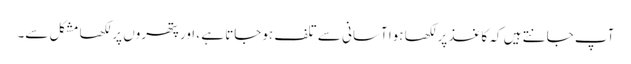
آپ جانتے ہیں کہ کاغذ پر لکھا ہوا آسانی سے تلف ہوجاتا ہے ، اور پتھروں پر لکھا مشکل سے۔